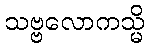
သဗ္ဗလောကသ္မိ